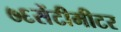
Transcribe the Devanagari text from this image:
७६सेंटीमीटर